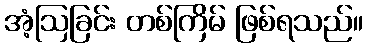
အံ့ဩခြင်း တစ်ကြိမ် ဖြစ်ရသည်။